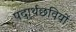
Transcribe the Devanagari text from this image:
पदार्थछवियों